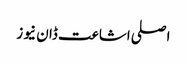
اصلی اشاعت ڈان نیوز